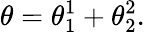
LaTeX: \theta=\theta_{1}^{1}+\theta_{2}^{2}.